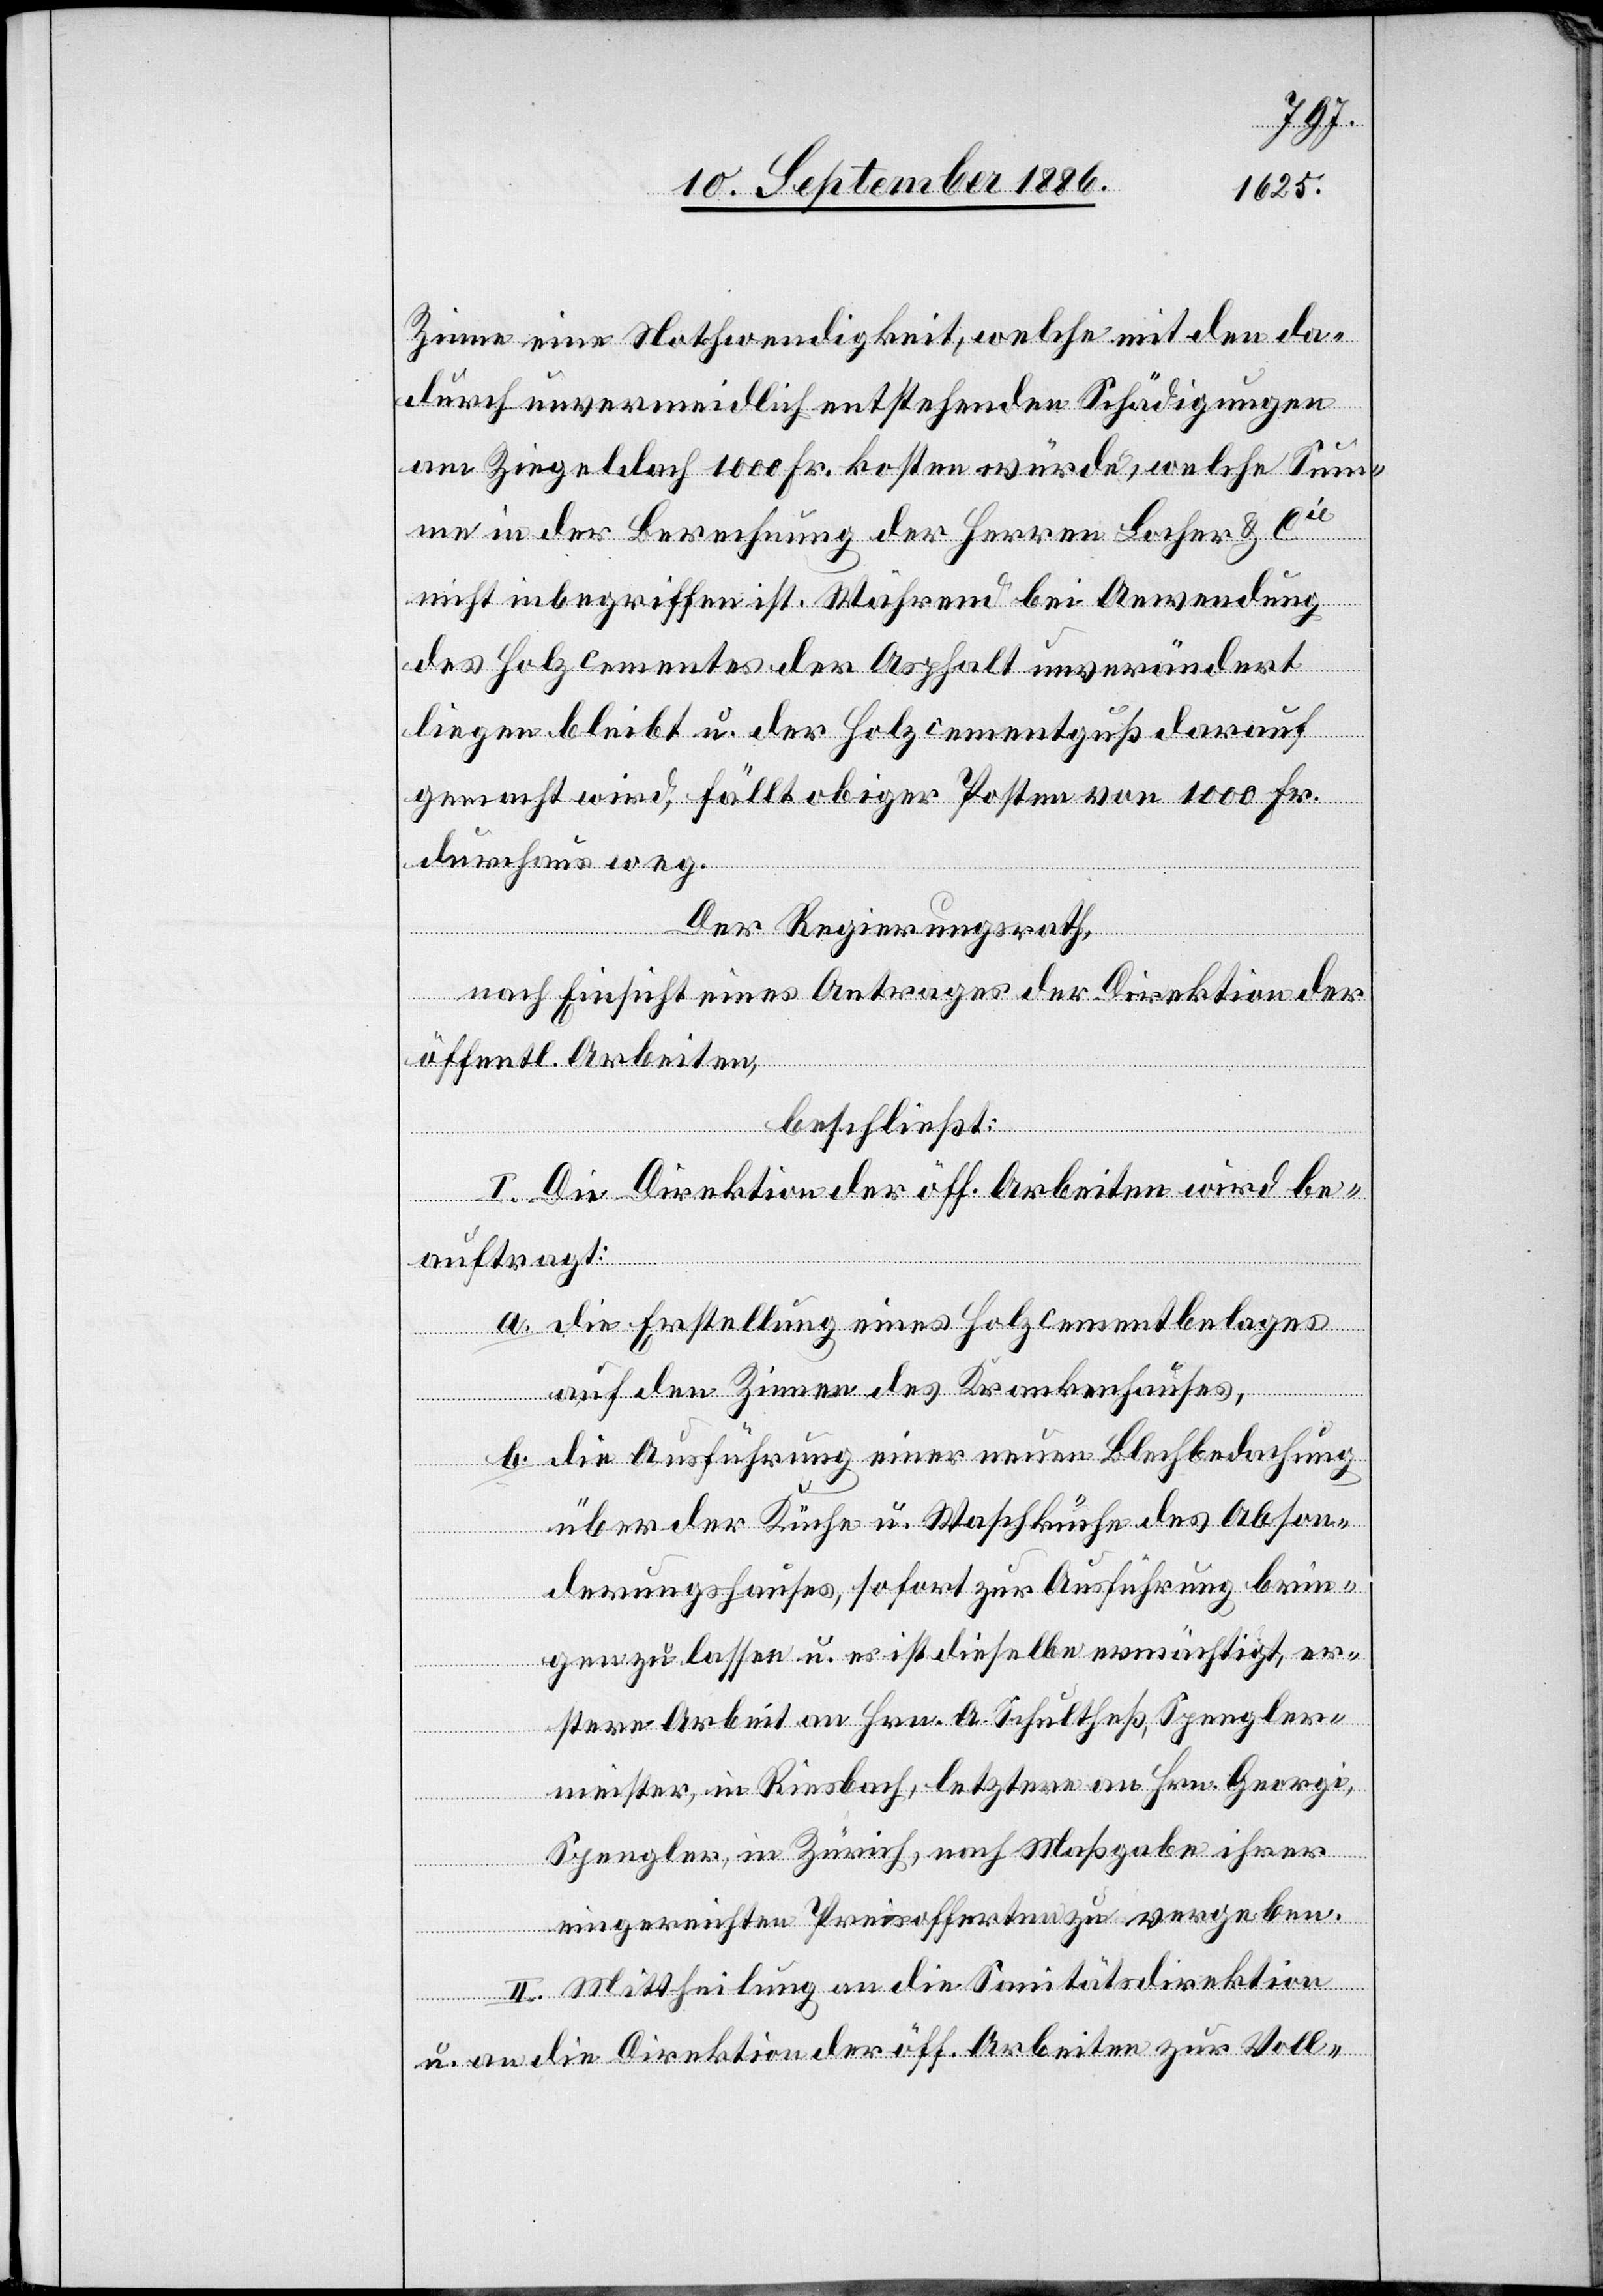
Zinne eine Nothwendigkeit, welche mit den da¬
durch unvermeidlich entstehenden Schädigungen
am Ziegeldach 1000 Fr. kosten würde, welche Sum¬
me in der Berechnung der Herren Locher & Cie
nicht inbegriffen ist. Während bei Anwendung
des Holzcementes der Asphalt unverändert
liegen bleibt u. der Holzcementguß darauf
gemacht wird, fällt obiger Posten von 1000 Fr.
durchaus weg.
Der Regierungsrath,
nach Einsicht eines Antrages der Direktion der
öffentl. Arbeiten,
beschließt:
I. Die Direktion der öff. Arbeiten wird be¬
auftragt:
a. Die Erstellung eines Holzcementbelages
auf den Zinnen des Krankenhauses,
b. Die Ausführung einer neuen Blechbedachung
über der Küche u. Waschküche des Abson¬
derungshauses, sofort zur Ausführung brin¬
gen zu lassen u. es ist dieselbe ermächtigt, er¬
stere Arbeit an Hrn. A. Schultheß, Spengler¬
meister, in Riesbach, letztere an Hrn. Georgi,
Spengler, in Zürich, nach Maßgabe ihrer
eingereichten Preisofferten zu vergeben.
II. Mittheilung an die Sanitätsdirektion
u. an die Direktion der öff. Arbeiten zur Voll-